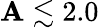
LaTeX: \mathbf{A}\lesssim2.0